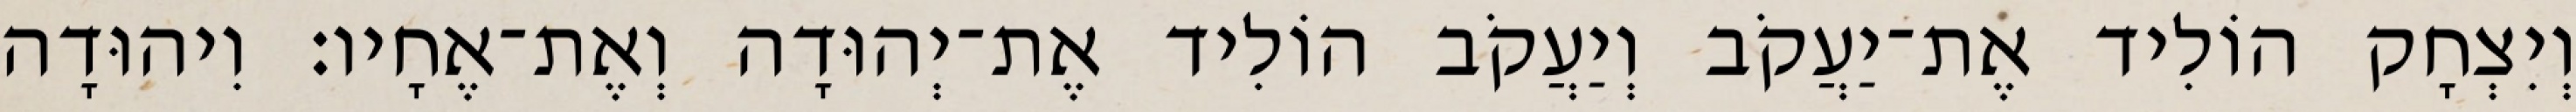
וְיִצְחָק הוֹלִיד אֶת־יַעֲקֹב וְיַעֲקֹב הוֹלִיד אֶת־יְהוּדָה וְאֶת־אֶחָיו׃ וִיהוּדָה